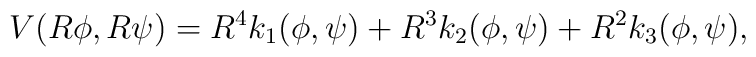
V(R\phi,R\psi)=R^4k_1(\phi,\psi)+R^3k_2(\phi,\psi) +  R^2k_3(\phi,\psi),